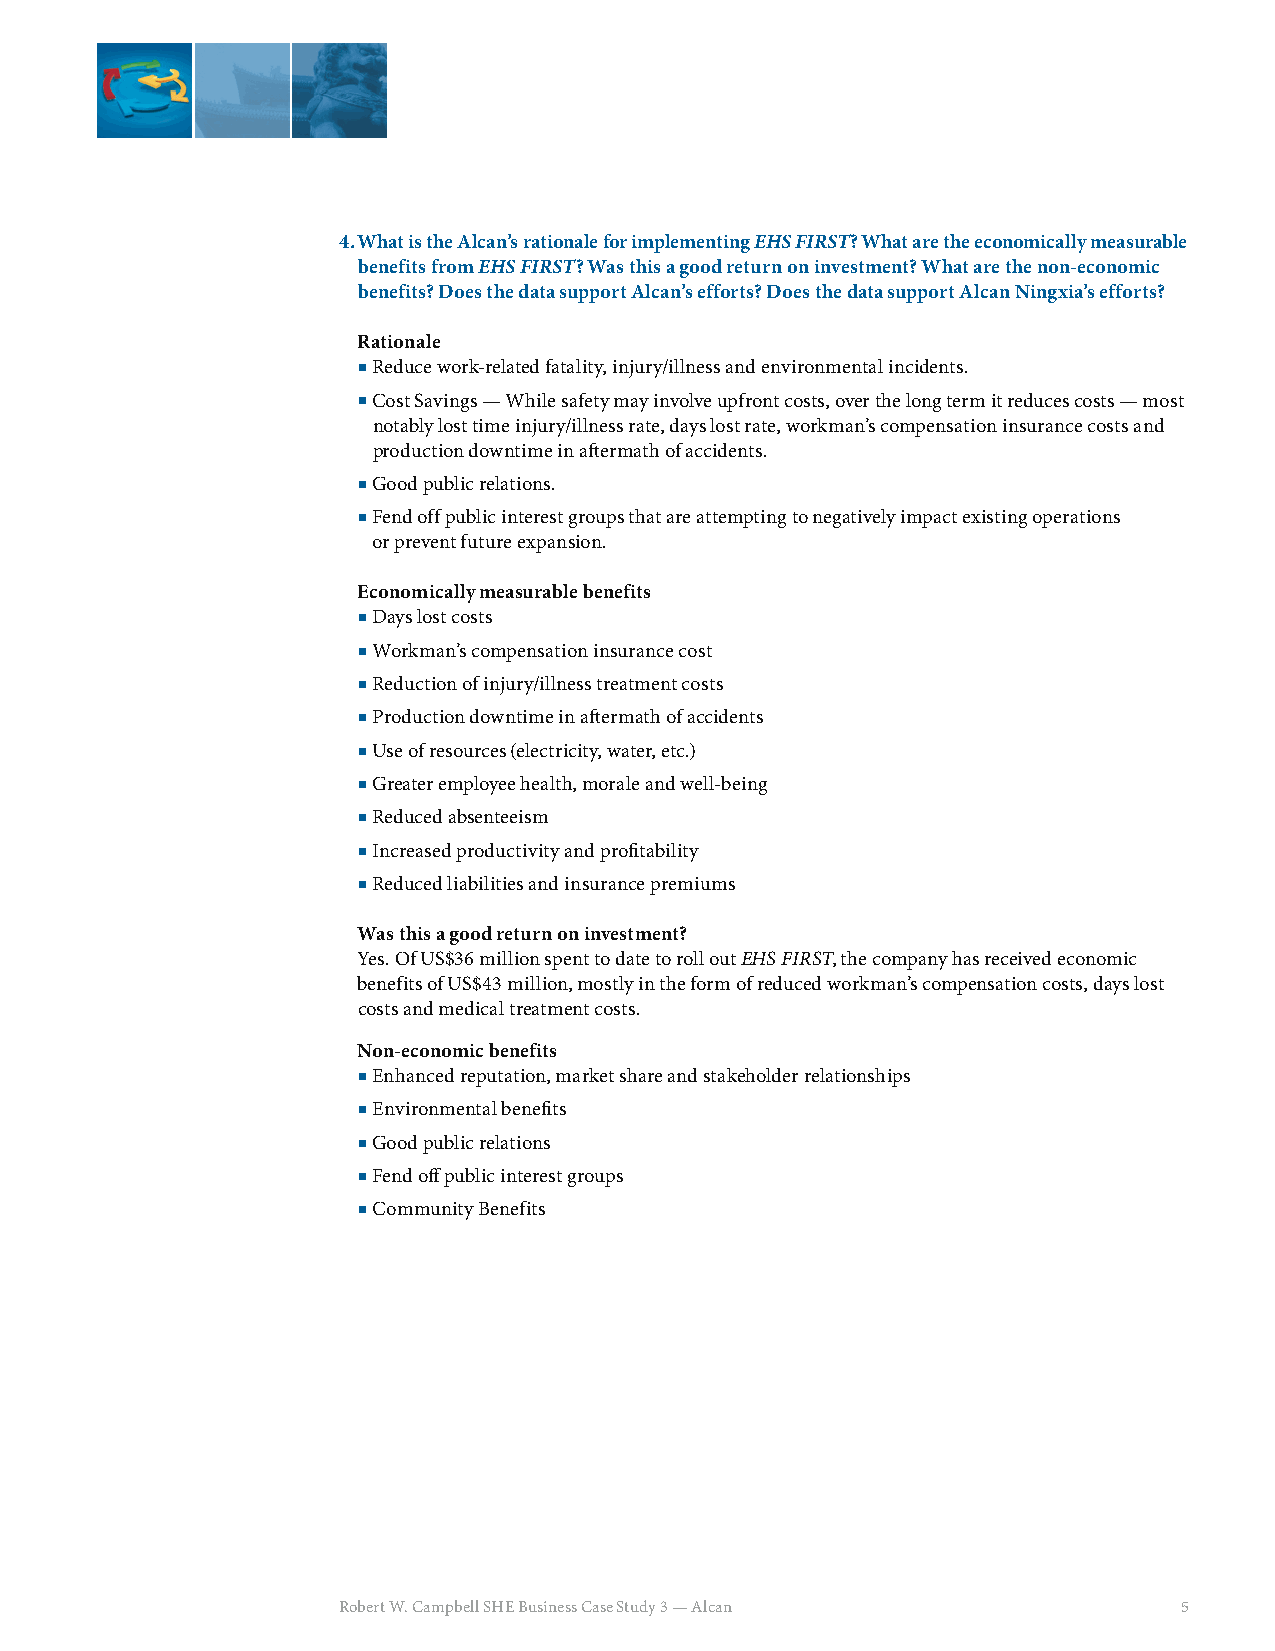
4. What is the Alcan’s rationale for implementing EHS FIRST? What are the economically measurable
 benefits from EHS FIRST? Was this a good return on investment? What are the non-economic
 benefits? Does the data support Alcan’s efforts? Does the data support Alcan Ningxia’s efforts?
 Rationale
  Reduce work-related fatality, injury/illness and environmental incidents.
  Cost Savings — While safety may involve upfront costs, over the long term it reduces costs — most
 notably lost time injury/illness rate, days lost rate, workman’s compensation insurance costs and
 production downtime in aft ermath of accidents.
  Good public relations.
  Fend off public interest groups that are attempting to negatively impact existing operations
 or prevent future expansion.
 Economically measurable benefits
  Days lost costs
  Workman’s compensation insurance cost
  Reduction of injury/illness treatment costs
  Production downtime in aft ermath of accidents
  Use of resources (electricity, water, etc.)
  Greater employee health, morale and well-being
  Reduced absenteeism
  Increased productivity and profi tability
  Reduced liabilities and insurance premiums
 Was this a good return on investment?
 Yes. Of US$36 million spent to date to roll out EHS FIRST, the company has received economic
 benefits of US$43 million, mostly in the form of reduced workman’s compensation costs, days lost
 costs and medical treatment costs.
 Non-economic benefits
  Enhanced reputation, market share and stakeholder relationships
  Environmental benefi ts
  Good public relations
  Fend off public interest groups
  Community Benefits
 Robert W. Campbell SHE Business Case Study 3 — Alcan    5